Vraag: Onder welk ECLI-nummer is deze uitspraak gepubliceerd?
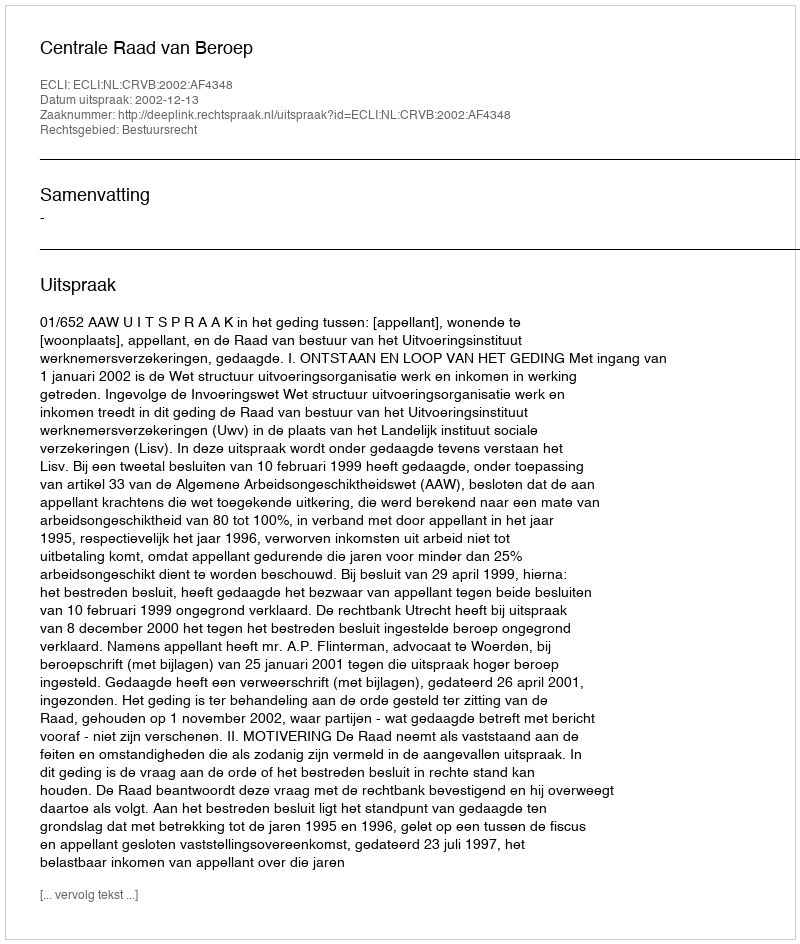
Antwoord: ECLI:NL:CRVB:2002:AF4348